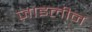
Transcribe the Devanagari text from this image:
ज़ाइलीन